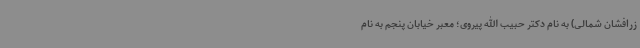
زرافشان شمالی) به نام دکتر حبیب الله پیروی؛ معبر خیابان پنجم به نام